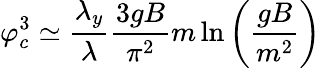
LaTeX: \varphi_{c}^{3}\simeq\frac{\lambda_{y}}{\lambda}\frac{3gB}{\pi^{2}}m\ln\left(\frac{gB}{m^{2}}\right)